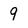
Character: 9